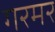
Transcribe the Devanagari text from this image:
गरमर